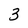
Character: 3